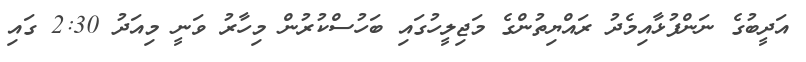
އަދީބުގެ ނަންފުޅާއިމެދު ރައްޔިތުންގެ މަޖިލީހުގައި ބަހުސްކުރުން މިހާރު ވަނީ މިއަދު 2:30 ގައި